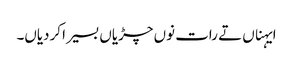
ایہناں تے رات نوں چڑیاں بسیرا کردیاں۔